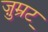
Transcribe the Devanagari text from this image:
ज़ुम्रुट